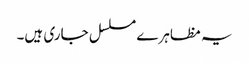
یہ مظاہرے مسلسل جاری ہیں۔